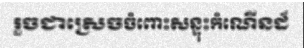
រួចជាស្រេចចំពោះសន្ទុះកំណើនដ៏